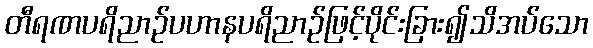
တီရဏပရိညာဉ်ပဟာနပရိညာဉ်ဖြင့်ပိုင်းခြား၍သိအပ်သော